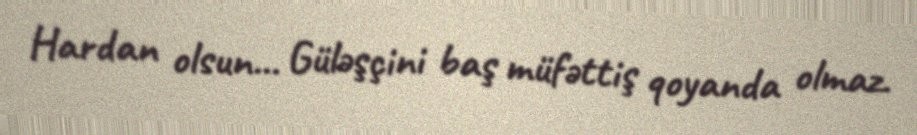
Hardan olsun... Güləşçini baş müfəttiş qoyanda olmaz.